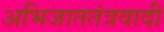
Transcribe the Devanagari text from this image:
अभिजाततंत्रवादी